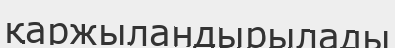
қаржыландырылады